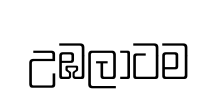
උඹලාටම